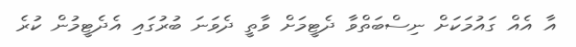
އާ އެއް ގައުމަކަށް ނިސްބަތްވާ ދެޓީމަށް ވާތީ ދެވަނަ ބުރުގައި އެދެޓީމުން ކުރެ